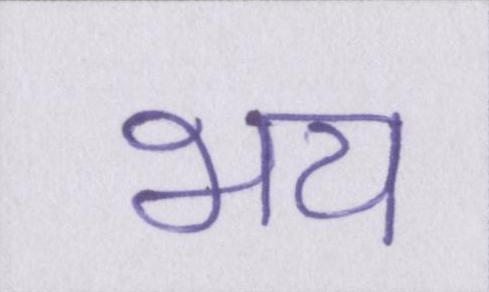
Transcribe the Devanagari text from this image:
भय